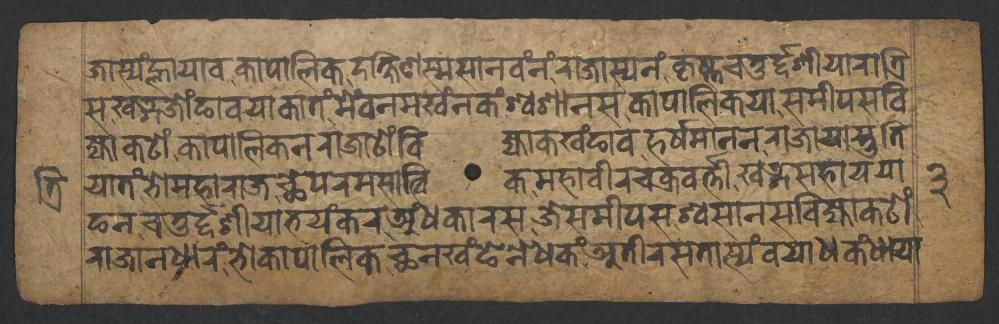
𑐖𑐵𑐳𑑂𑐫𑑄𑐮𑑂𑐴𑐵𑐫𑐵𑐰𑐎𑐵𑐥𑐵𑐮𑐶𑐎𑐡𑐎𑑂𑐲𑐶𑐞𑐳𑑂𑐩𑐳𑐵𑐣𑐰𑑄𑐣𑑄,𑐬𑐵𑐖𑐵𑐳𑑂𑐫𑐣𑑄𑐎𑐺𑐲𑑂𑐞𑐔𑐟𑐸𑐬𑑂𑐡𑑂𑐡𑐱𑐷𑐫𑐵𑐬𑐵𑐟𑑂𑐬𑐶 𑐳𑐏𑐜𑑂𑐐𑐖𑑀𑑄𑐒𑐵𑐰𑐫𑐵𑐎𑐵𑐟𑑄𑐩𑐾𑐰𑐣𑐩𑐏𑑄𑐣𑐎𑑄𑐱𑑂𑐰𑐱𑐵𑐣𑐳𑐎𑐵𑐥𑐵𑐮𑐶𑐎𑐫𑐵𑐳𑐩𑐷𑐥𑐳𑐧𑐶 𑐖𑑂𑐫𑐵𑐎𑐚𑑀𑑄,𑐎𑐵𑐥𑐵𑐮𑐶𑐎𑐣𑐬𑐵𑐖𑐵𑐚𑑀𑑄𑐧𑐶𑐖𑑂𑐫𑐵𑐎𑐏𑑄𑐒𑐵𑐰𑐴𑐬𑑂𑐲𑐩𑐵𑐣𑐣𑐬𑐵𑐖𑐵𑐫𑐵𑐳𑑂𑐟𑐸𑐟𑐶 𑐒𑐣𑐔𑐟𑐸𑐬𑑂𑐡𑑂𑐡𑐱𑐷𑐫𑐵𑐨𑐫𑑄𑐎𑐬𑐀𑑄𑐢𑐎𑐵𑐬𑐳𑐖𑐾𑐳𑐩𑐷𑐥𑐳𑐱𑑂𑐰𑐳𑐵𑐣𑐧𑐶𑐖𑑂𑐫𑐵𑐎𑐚𑑀𑑄 𑐫𑐵𑐟𑑄,𑐨𑑀𑐩𑐴𑐵𑐬𑐵𑐖𑐕𑐾𑐥𑐬𑐩𑐳𑐵𑐟𑑂𑐰𑐶𑐎𑐩𑐴𑐵𑐰𑐷𑐬𑐔𑐎𑑂𑐬𑐰𑐬𑑂𑐟𑑂𑐟𑐷,𑐏𑐜𑑂𑐐𑐳𑐴𑐵𑐫𑐫𑐵 𑐬𑐵𑐖𑐵𑐣𑐢𑐵𑐬𑑄,𑐨𑑀𑐎𑐵𑐥𑐵𑐮𑐶𑐎𑐕𑐣𑐏𑑄𑐒𑐾𑐣𑐾𑐢𑐎𑑄,𑐀𑐟𑐷𑐬𑐳𑐟𑐵𑐳𑑂𑐫𑑄𑐰𑐫𑐵𑐢𑐎𑑄𑐢𑐵𑐫𑐵